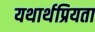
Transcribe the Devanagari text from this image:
यथार्थप्रियता